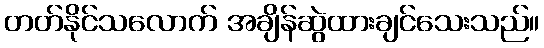
တတ်နိုင်သလောက် အချိန်ဆွဲထားချင်သေးသည်။